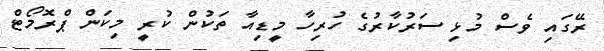
ރޭގައި ވެސް މުޅި ސަރުކާރުގެ ހުރިހާ މީޑިއާ ތަކުން ކުރީ މިކަން ޕްރޮމޯޓް